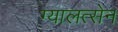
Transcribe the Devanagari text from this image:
ग्यालत्सेन